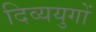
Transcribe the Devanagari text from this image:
दिव्ययुगों